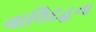
વાલિદહના